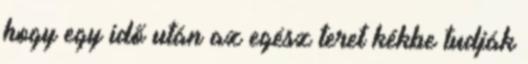
hogy egy idő után az egész teret kékbe tudják